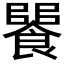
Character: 𩝵